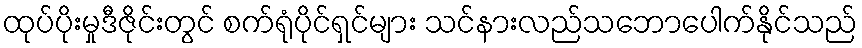
ထုပ်ပိုးမှုဒီဇိုင်းတွင် စက်ရုံပိုင်ရှင်များ သင်နားလည်သဘောပေါက်နိုင်သည်